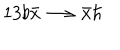
1 3 b \bar { x } \longrightarrow \bar { x } \hbar